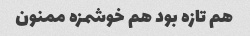
هم تازه بود هم خوشمزه ممنون